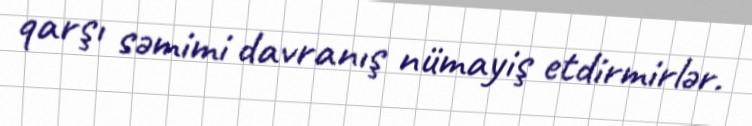
qarşı səmimi davranış nümayiş etdirmirlər.